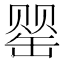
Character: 罂